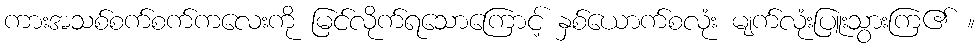
ကားအသစ်စက်စက်ကလေးကို မြင်လိုက်ရသောကြောင့် နှစ်ယောက်စလုံး မျက်လုံးပြူးသွားကြ၏ ။